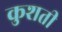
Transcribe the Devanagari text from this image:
कुशती